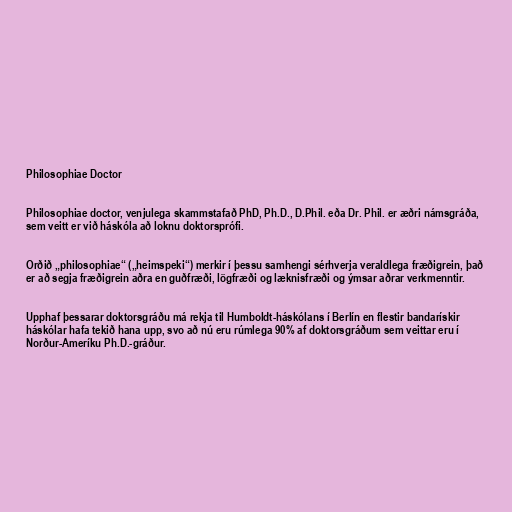
Philosophiae Doctor

Philosophiae doctor, venjulega skammstafað PhD, Ph.D., D.Phil. eða Dr. Phil. er æðri námsgráða,
sem veitt er við háskóla að loknu doktorsprófi.

Orðið „philosophiae“ („heimspeki“) merkir í þessu samhengi sérhverja veraldlega fræðigrein, það
er að segja fræðigrein aðra en guðfræði, lögfræði og læknisfræði og ýmsar aðrar verkmenntir.

Upphaf þessarar doktorsgráðu má rekja til Humboldt-háskólans í Berlín en flestir bandarískir
háskólar hafa tekið hana upp, svo að nú eru rúmlega 90% af doktorsgráðum sem veittar eru í
Norður-Ameríku Ph.D.-gráður.